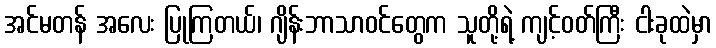
အင်မတန် အလေး ပြုကြတယ်၊ ဂျိန်းဘာသာဝင်တွေက သူတို့ရဲ့ ကျင့်ဝတ်ကြီး ငါးခုထဲမှာ